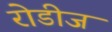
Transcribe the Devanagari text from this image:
रोडीज